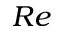
R e